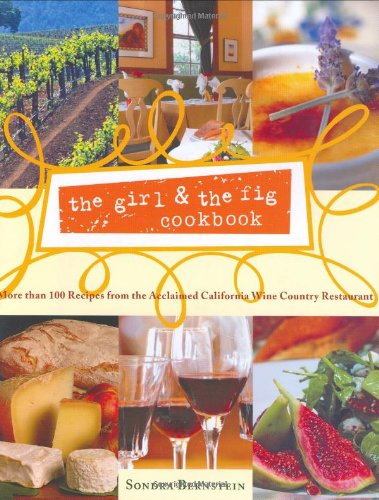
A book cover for the girl & the fig cookbook: More than 100 Recipes from the Acclaimed California Wine Country Restaurant; Sondra Bernstein; Cookbooks, Food & Wine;